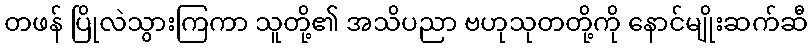
တဖန် ပြိုလဲသွားကြကာ သူတို့၏ အသိပညာ ဗဟုသုတတို့ကို နောင်မျိုးဆက်ဆီ